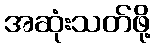
အဆုံးသတ်ဖို့